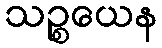
သဉ္စယေန